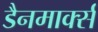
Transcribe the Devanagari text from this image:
डैनमार्क्स